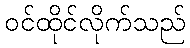
ဝင်ထိုင်လိုက်သည်